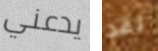
يدعني لقد